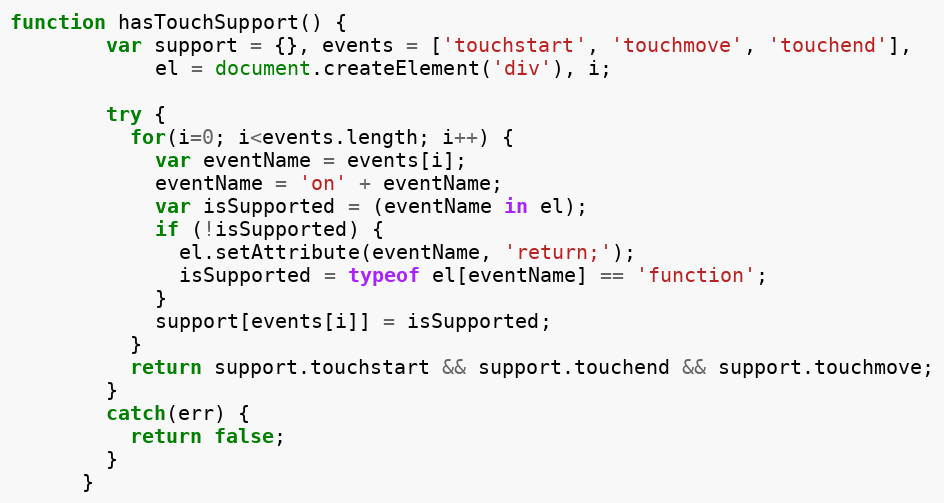
Language: JavaScript
function hasTouchSupport() {
        var support = {}, events = ['touchstart', 'touchmove', 'touchend'],
            el = document.createElement('div'), i;

        try {
          for(i=0; i<events.length; i++) {
            var eventName = events[i];
            eventName = 'on' + eventName;
            var isSupported = (eventName in el);
            if (!isSupported) {
              el.setAttribute(eventName, 'return;');
              isSupported = typeof el[eventName] == 'function';
            }
            support[events[i]] = isSupported;
          }
          return support.touchstart && support.touchend && support.touchmove;
        }
        catch(err) {
          return false;
        }
      }